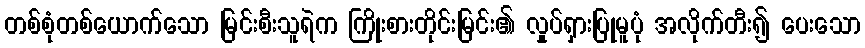
တစ်စုံတစ်ယောက်သော မြင်းစီးသူရဲက ကြိုးစားတိုင်းမြင်း၏ လှုပ်ရှားပြုမူပုံ အလိုက်တီး၍ ပေးသော